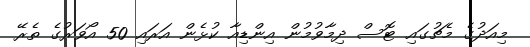
މިއަދުގެ މެޗުގައި ޓޮސް ދިމާވުމުން އިންޑިއާ ކުޅެން އަރައި 50 އޯވަރުގެ ތެރޭ